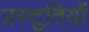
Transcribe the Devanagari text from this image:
प्रस्‍तुतियों